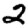
Digit: 2